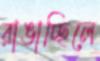
রাঙাচ্ছিলে